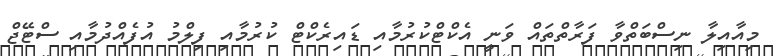
މިއާއިލާ ނިސްބަތްވާ ފަރާތްތައް ވަނީ އެކްޓްކުރުމާއި ޑައިރެކްޓް ކުރުމާއި ފިލްމު އުފެއްދުމާއި ސްޓޭޖް